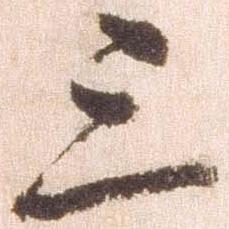
三